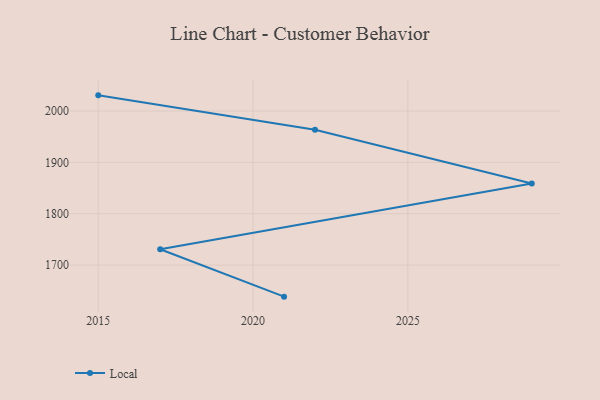
{"axis": {"x": "Year", "y": "Website Visitors"}, "legend": ["Local"], "data": [{"x": "2021", "y": 1638.6, "type": "Local"}, {"x": "2017", "y": 1730.8, "type": "Local"}, {"x": "2029", "y": 1859.0, "type": "Local"}, {"x": "2022", "y": 1963.5, "type": "Local"}, {"x": "2015", "y": 2030.4, "type": "Local"}]}